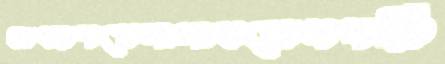
আকাশমেলালাভলেসপরি